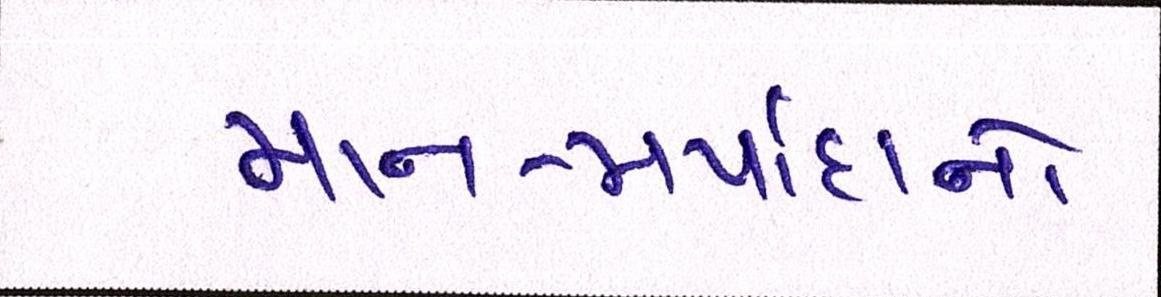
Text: માન-મર્યાદાનો